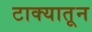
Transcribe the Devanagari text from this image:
टाक्यातून